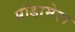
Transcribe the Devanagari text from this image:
प्रोडामेटा